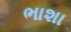
ભાશા